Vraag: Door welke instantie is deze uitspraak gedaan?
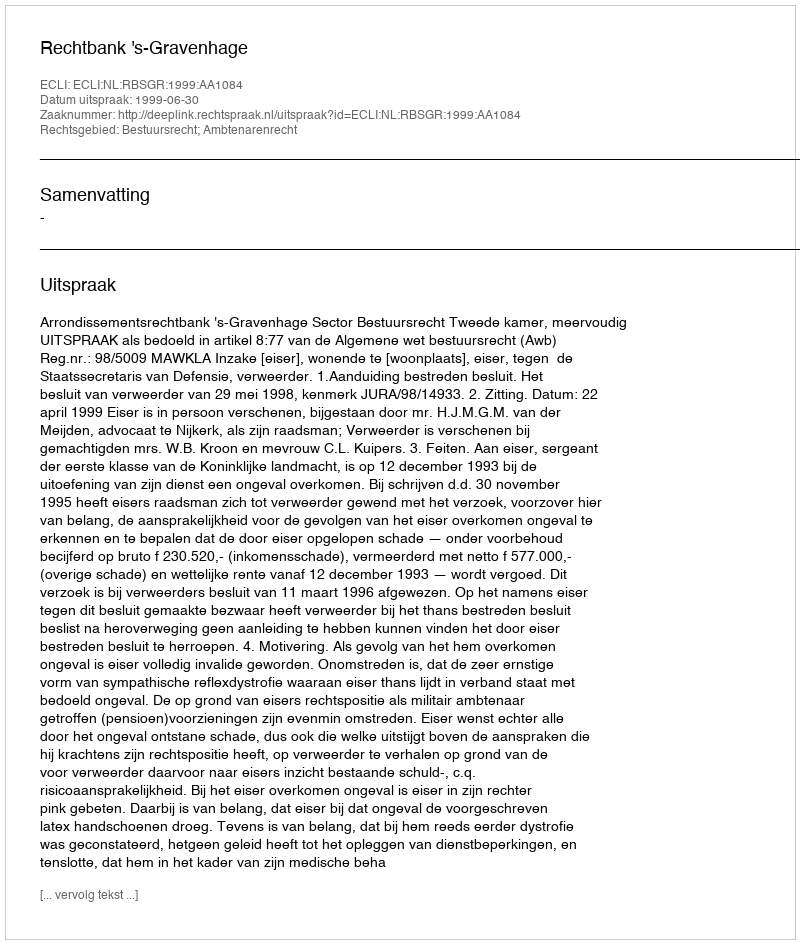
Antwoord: Rechtbank 's-Gravenhage